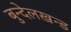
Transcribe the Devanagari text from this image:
बुन्देलखन्ड